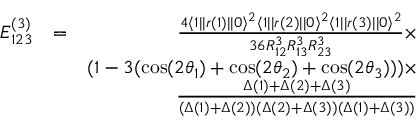
\begin{array} { r l r } { E _ { 1 2 3 } ^ { ( 3 ) } } & { = } & { \frac { 4 \langle 1 | | r ( 1 ) | | 0 \rangle ^ { 2 } \langle 1 | | r ( 2 ) | | 0 \rangle ^ { 2 } \langle 1 | | r ( 3 ) | | 0 \rangle ^ { 2 } } { 3 6 R _ { 1 2 } ^ { 3 } R _ { 1 3 } ^ { 3 } R _ { 2 3 } ^ { 3 } } \times } \\ & { } & { ( 1 - 3 ( \cos ( 2 \theta _ { 1 } ) + \cos ( 2 \theta _ { 2 } ) + \cos ( 2 \theta _ { 3 } ) ) ) \times } \\ & { } & { \frac { \Delta ( 1 ) + \Delta ( 2 ) + \Delta ( 3 ) } { ( \Delta ( 1 ) + \Delta ( 2 ) ) ( \Delta ( 2 ) + \Delta ( 3 ) ) ( \Delta ( 1 ) + \Delta ( 3 ) ) } } \end{array}